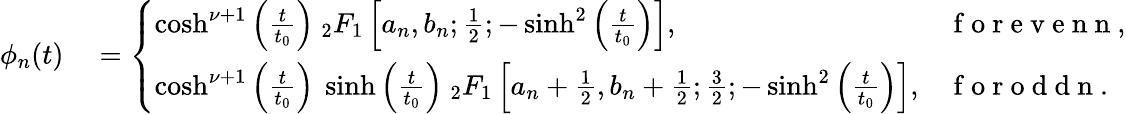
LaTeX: \begin{array}{rl}{\phi_{n}(t)}&{{}=\left\{ \begin{array}{ll}{\cosh^{\nu+1}\left(\frac{t}{t_{0}}\right)~{_2F_{1}}\left[a_{n},b_{n};\frac{1}{2};-\sinh^{2}\left(\frac{t}{t_{0}}\right)\right],}&{\mathrm{~f~o~r~e~v~e~n~n~},}\\ {\cosh^{\nu+1}\left(\frac{t}{t_{0}}\right)~\sinh\left(\frac{t}{t_{0}}\right)~{_2F_{1}}\left[a_{n}+\frac{1}{2},b_{n}+\frac{1}{2};\frac{3}{2};-\sinh^{2}\left(\frac{t}{t_{0}}\right)\right],}&{\mathrm{~f~o~r~o~d~d~n~}.}\end{array}\right.}\end{array}